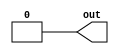
/*Implement the following circuit:*/
module top_module (
    output out);
supply0 gnd;
    assign out=gnd;
endmodule